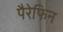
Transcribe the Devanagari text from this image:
पैरेफिन